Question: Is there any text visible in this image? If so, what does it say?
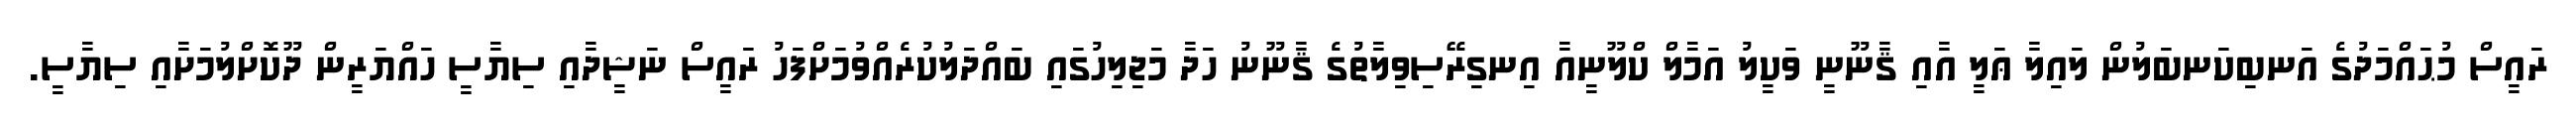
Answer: ރައީސް މުޙައްމަދުގެ އަނބިކަނބަލުން ލައިލާ ޢަލީ އާއި ޤާނޫނީ ވަކީލު އަމާލް ކްލޫނީއާ އިނގިރޭސިވިލާތުގެ ޤާނޫނު ހަދާ މަޖިލިހުގައި ބައްދަލުކުރެއްވުމަށްފަހު ރައީސް ނަޝީދާއި ސިޔާސީ ހައްޔަރީން ދޫކޮށްލުމަށާއި ސިޔާސީ.